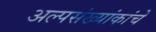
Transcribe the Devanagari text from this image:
अल्पसंख्यांकांचे